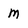
Character: M